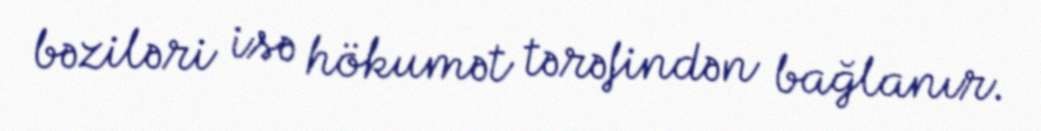
bəziləri isə hökumət tərəfindən bağlanır.